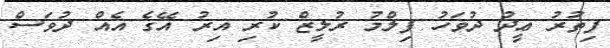
ފިތުރު ޢީދު ދުވަހު ފިލްމު ރުލީޒް ކުރި އިރު އޭގެ އެއް ދުވަސް